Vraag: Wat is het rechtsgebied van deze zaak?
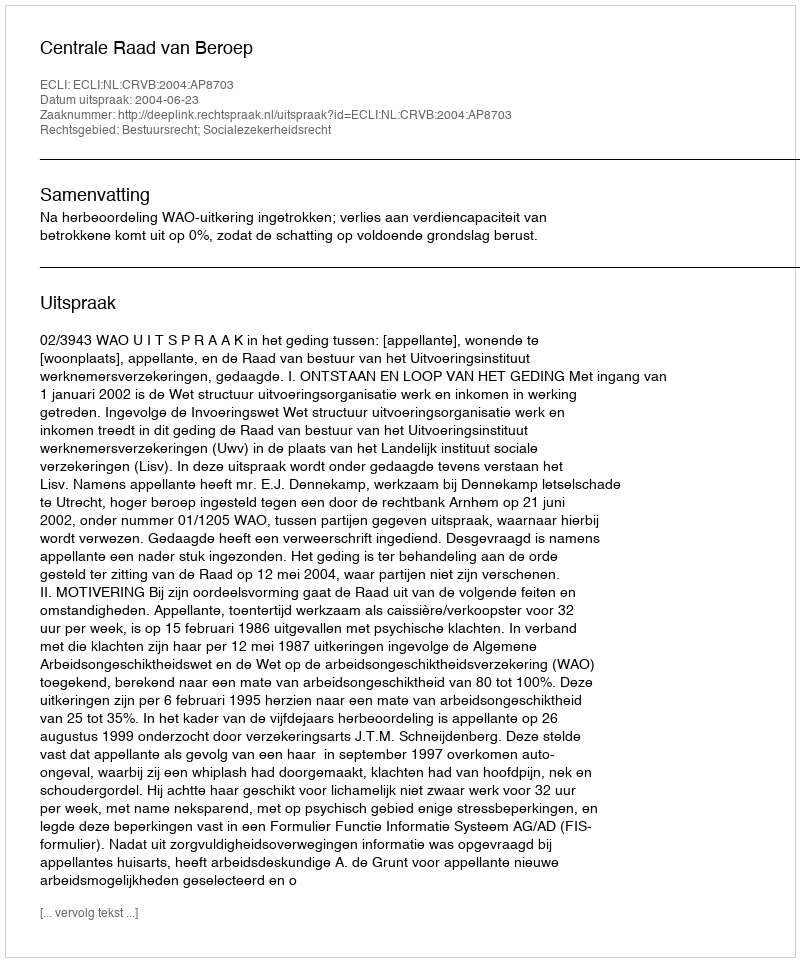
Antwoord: Bestuursrecht; Socialezekerheidsrecht